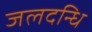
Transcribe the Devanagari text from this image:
जलदन्धि